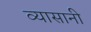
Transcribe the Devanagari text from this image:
व्यासानी